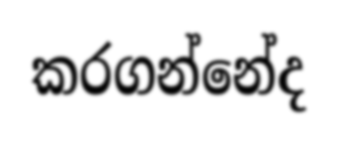
කරගන්නේද